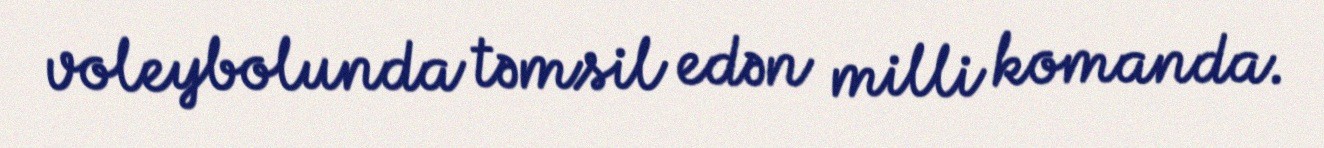
voleybolunda təmsil edən milli komanda.